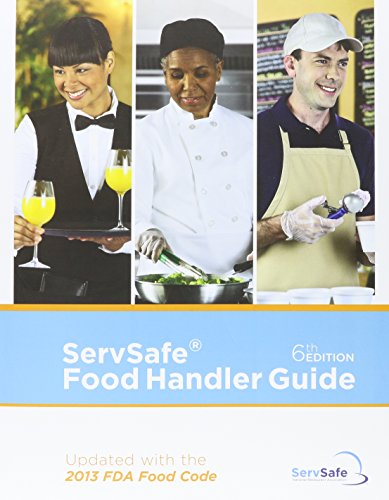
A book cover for ServSafe Food Handler Guide, Update-10 Pack; National Restaurant Associatio; Business & Money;